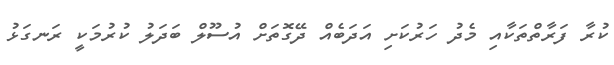
ކުރާ ފަރާތްތަކާއި މެދު ހަރުކަށި އަދަބެއް ދޭގޮތަށް އުސޫލް ބަދަލު ކުރުމަކީ ރަނގަޅު